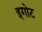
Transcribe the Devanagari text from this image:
इगोट